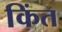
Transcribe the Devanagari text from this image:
किंत